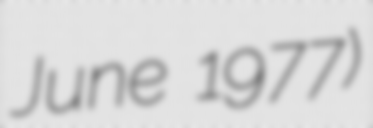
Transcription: June 1977)